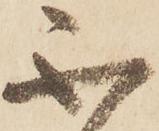
不